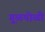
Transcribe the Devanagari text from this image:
गु़ळपोळी